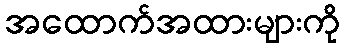
အထောက်အထားများကို